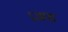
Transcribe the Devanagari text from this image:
।जपा